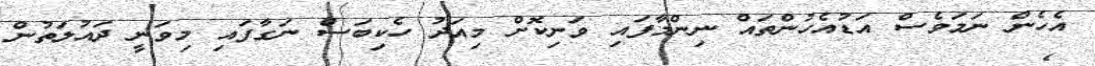
އެހެން ނަމަވެސް އަޑުއެހުންތައް ނިންމާފައި ވަނިކޮށް މިއަދު ހެކިބަސް ނަގާފައި މިވަނީ ދައުލަތުން